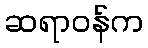
ဆရာဝန်က